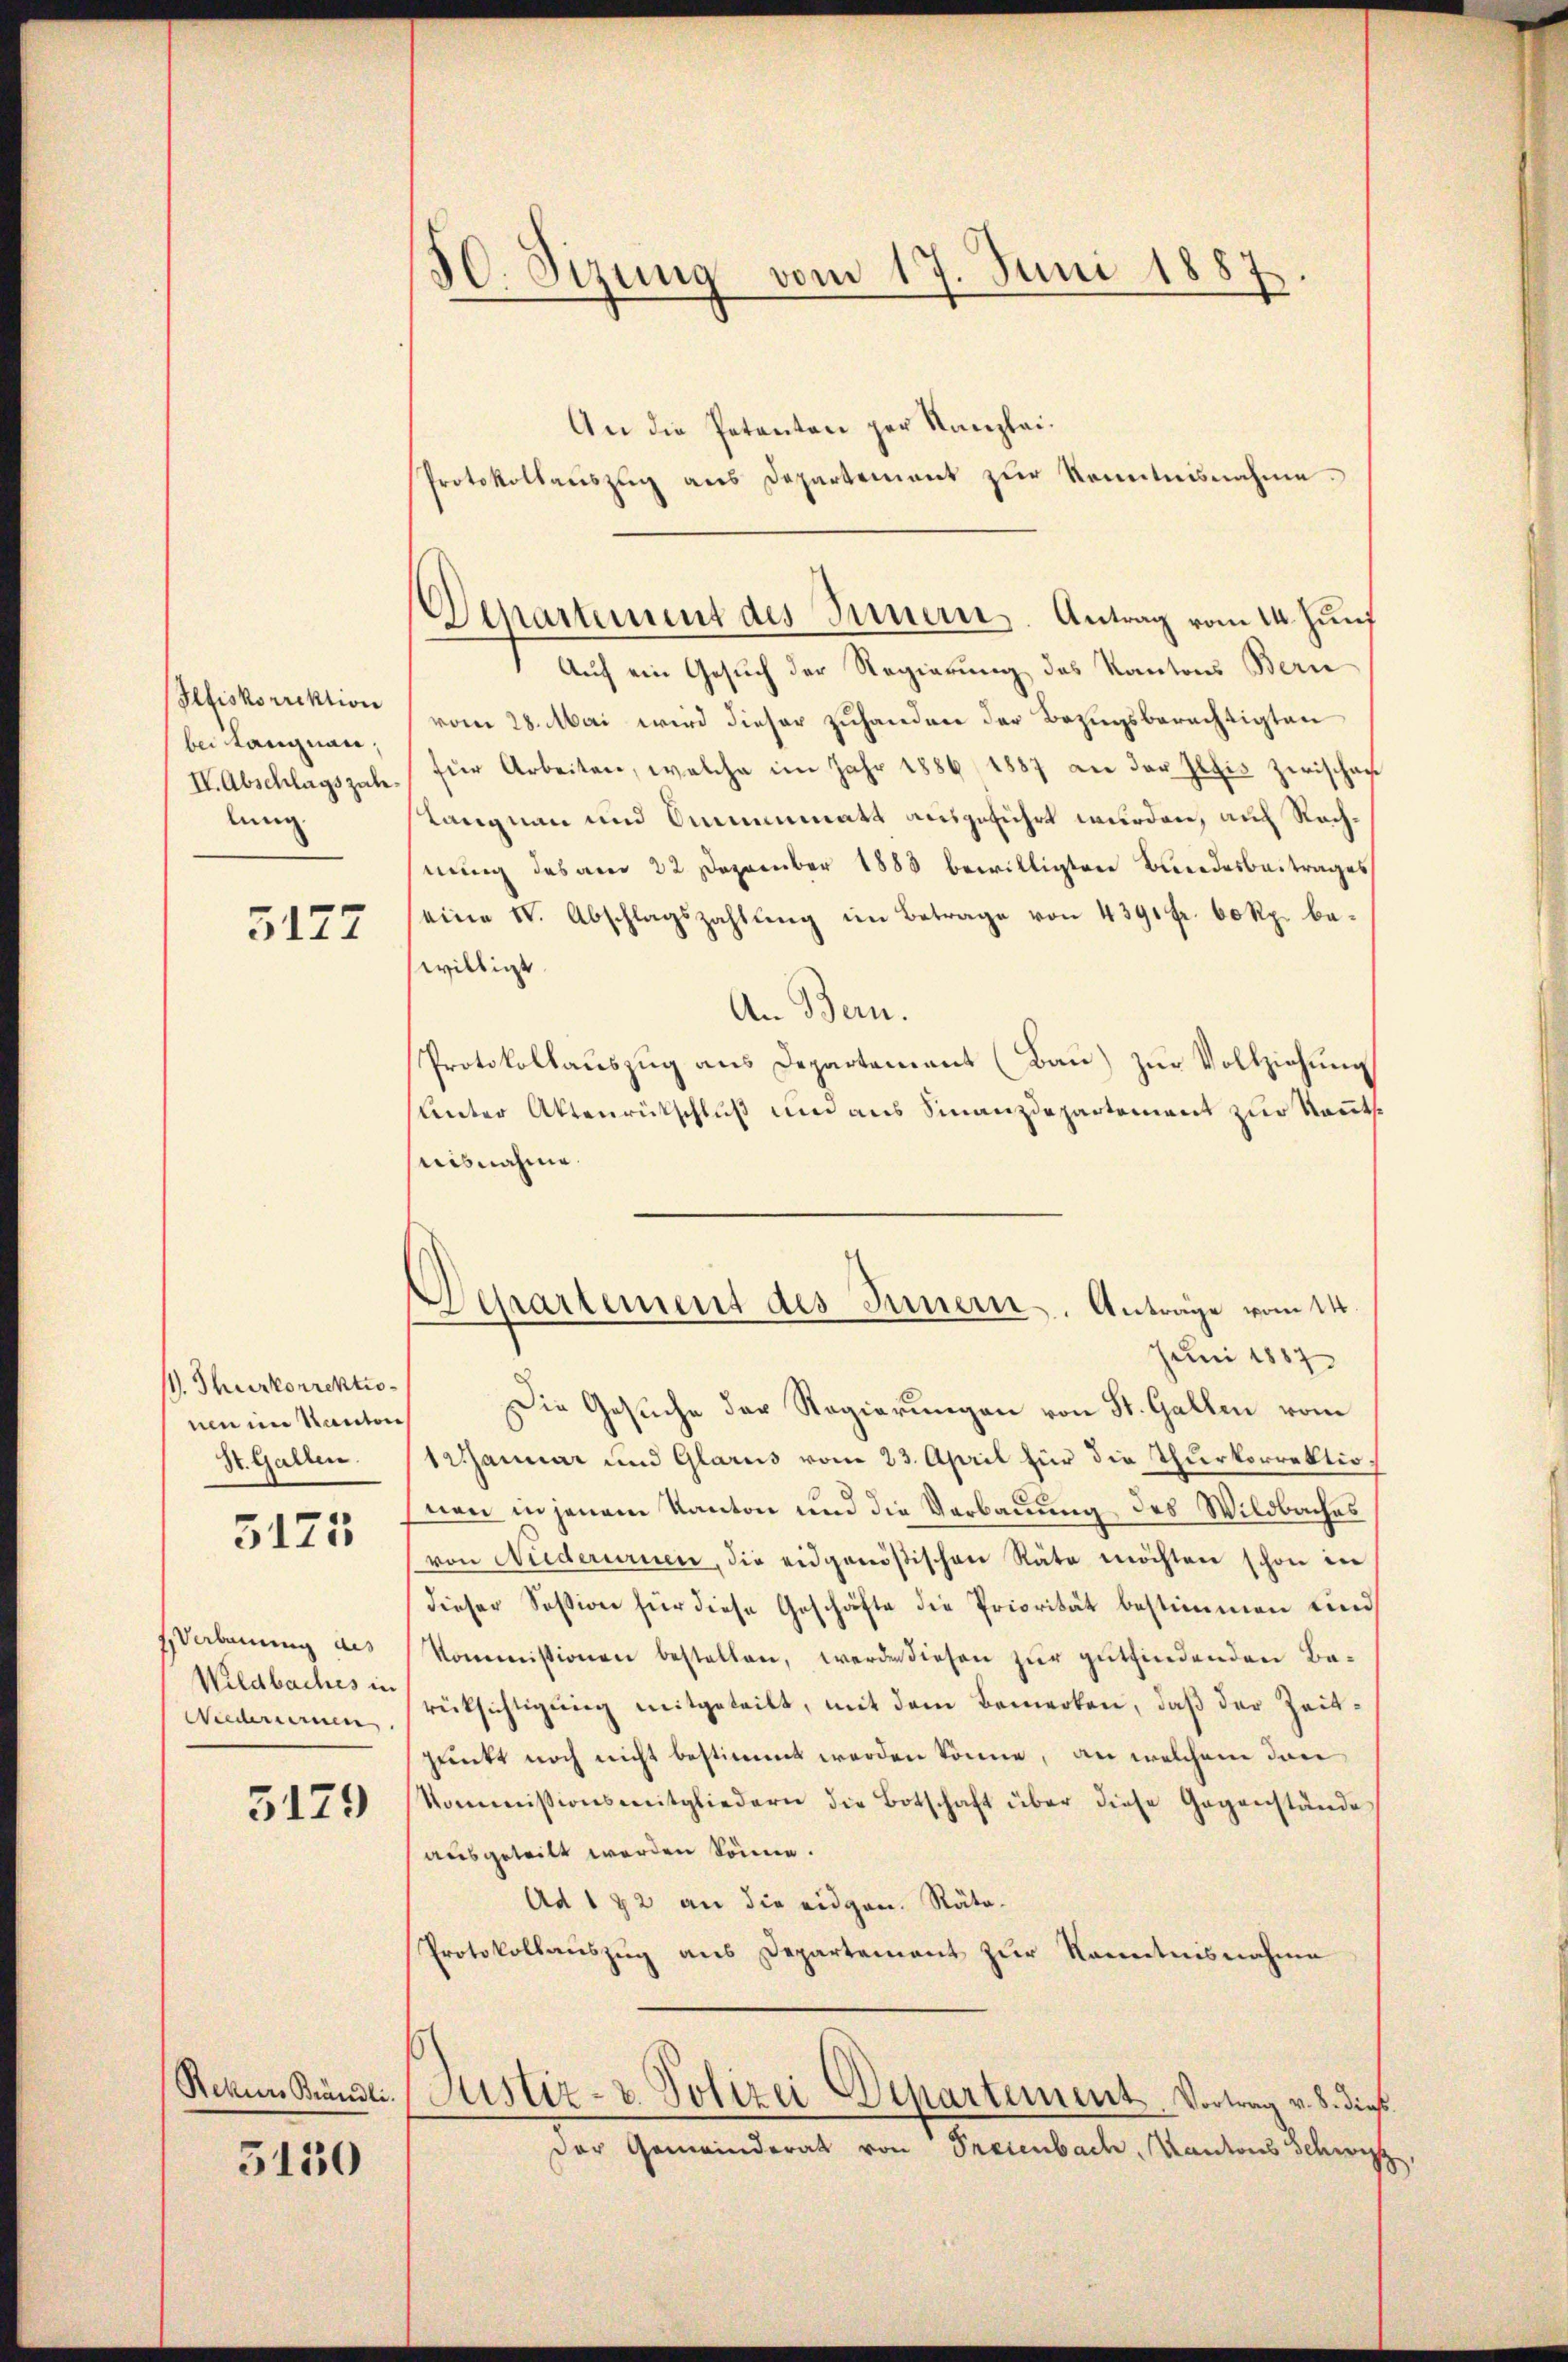
Plfiskorrektion
bei Langnau,
IV. Abschlagszah
lung

5177

. Thurkorrektio
nen im Kanton
St. Gallen.

5125

sVerbauung des
Wildbaches in
Wiederieren

5179

5150

50. Sizung vom 17. Juni 188.

Departement des Innern. Antrag vom 14. Juni

An die Petenten per Kanzlei¬
Protokollaŭszŭg ans Departement zŭr Kenntnisnahme.
Auf ein Gesuch der Regierung des Kantons Bern
vom 28. Mai wird dieser zuhanden der Bezugsberechtigten
für Arbeiten, welche im Jahr 1886 1887 an der Iltis zwischer
Langnau und Amenmatt ausgeführt wurden, auch Rechnung des am 22. Dezember 1883 bewilligten Bundesbeitrages
eine St. Abschlagszahlŭng im Betrage von 4391 fr. 60 Rp. bewilligt.
An Bern.
Protokollauszug aus Departement (Bau) zur Vollziehung
Unter Aktenrückschluß und aus Finanzdepartement zur Kenntnisnahme.
Departement des Innern. Anträge vom 14.
Juni 1887
Die Gesuche der Regierungen von St. Gallen vom
1 Januar und Glarus vom 23. April für die Thurkorrektionen in jenem Kanton und die Verbauung des Wildbaches
von Nuderurnen, die eidgenößischen Räte möchten schon in
dieser Session für diese Geschäfte die Priorität bestimmen und
Kommissionen bestellen, werden diesen zur gutfindenden Be-
rücksichtigung mitgeteilt, mit dem Bemerken, daß der Zeit¬
Punkt noch nicht bestimmt werden könne, an welchem den
kommissionsmitgliedern die Botschaft über diese Gegenstände
ausgeteilt werden könne.
Ad 172 an die eidgen. Räto-
Protokollaŭszŭg aŭs Departement zŭr Kenntnisnahme

Rekurs Brändle. (Austiz- & Polizei Departement. Vortrag v. 8. dieß.
der Gemeinderat von Preienbach, Kantons Schwitz,